Report of the Hyderabad Chloroform Commission
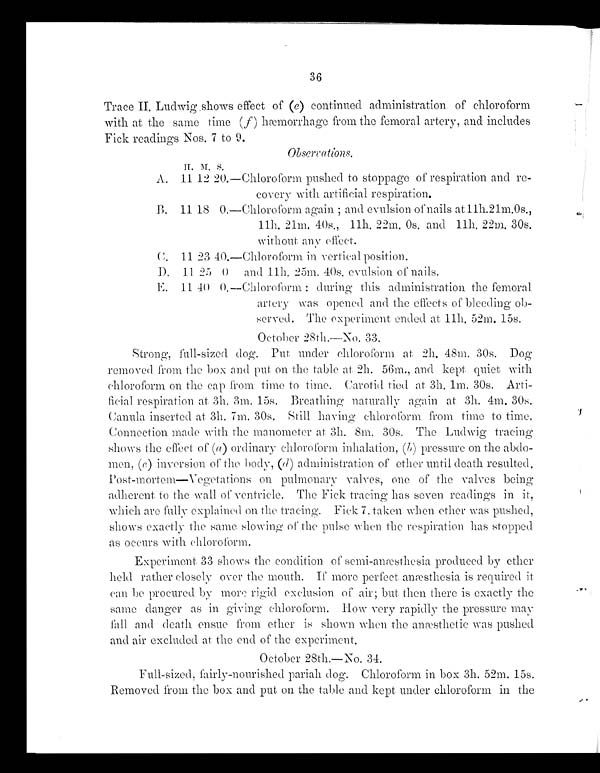
36
Trace II, Ludwig shows effect of (e) continued administration of chloroform
with at the same time ( f) hemorrhage from the femoral artery, and includes
Fick readings Nos. 7 to 9.
Observations, II. M. S
A. 11 12 20.—Chloroform pushed to stoppage of respiration and re-
-
covery with artificial respiration.
B. 11 18 O.—Chloroform again and evulsion of nails at 11h.21m. 0s.,
11h, 21m, 40s., 11h, 22m, Os. and 11h, 22m. 30s.
without any effect.
C . 1 1
2 3 4 0 . — C h l o r o f o r m i n . v e r t i c a l p o s i t i o n .
D. 11 25 0 and 11h, 25m. 40s. evulsion of nails.
E. 11 40 0. —Chloroform: during this administration the femoral
artery was opened and the effects of bleeding ob- -
served. The experiment ended at. 11h, 52m. 15s.
October 28th.—No. 33.
Strong, full-sized dog. Put under chloroform at 2h.. 48m. 30s. Dog
removed from the box and put on the table at 2h. 56m., and kept quiet with
chloroform on the cap hem time to time. Carotid tied at 3h. 1m. 30s. Arti- -
ficial respiration at 3h. 3m. 15s. Breathing naturally again at 3h. 4m. 30s.
Canula inserted at 3h. 7m. 30s. Still having chloroform from time to time.
Connection made with the manometer at 3h. 8m, 30s. The Ludwig tracing
shows the effect of (a) ordinary chloroform inhalation, ( b ) pressure on the abdo
-
men, (c) inversion of the body, (d) administration of ether until death resulted.
Post-mortem—Vegetations on pulmonary valves, one of the valves being
adherent, to the wall of ventricle. The Fick tracing has seven readings in it,
which. are fully explained on the tracing. Fick 7. taken when ether was pushed,
shows exactly the same slowing of the pulse when the respiration has stopped
as occurs with chloroform.
Experiment 33 shows the condition of semi-anæsthesia produced by ether
held rather closely over the mouth. If more perfect anæsthesia is required it
can be procured by more rigid exclusion of air; but then there is exactly the
same danger as in giving chloroform. How very rapidly the pressure may
fall and death ensue from ether is shown when the anæsthetic was pushed
and air excluded at the end of the experiment.
October 28th.—No. 34.
Full-sized, fairly-nourished pariah dog. Chloroform in box 3h. 52m. 15s.
Removed from the box and put, on the table and kept under chloroform in the